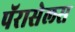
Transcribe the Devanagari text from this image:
पॅरासेलस